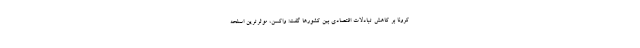
کرونا بر کاهش تبادلات اقتصادی بین کشور‌ها گفت: واکسن، موثرترین اسلحه